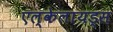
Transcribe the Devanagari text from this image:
एल्केलायड्स